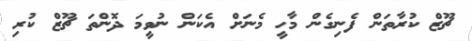
ޗޫޒް ކުރާތަން ފެނިގެން މާހީ މެނަށް އެކަން ނުވީމަ ދޮންތަ ޗޫޒް ކުރި